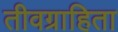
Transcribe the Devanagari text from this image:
तीवग्राहिता